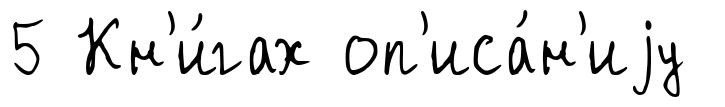
5 Кн'и́гах оп'иса́н'иjу